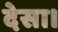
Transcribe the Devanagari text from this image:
देसा।